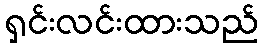
ရှင်းလင်းထားသည်